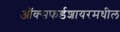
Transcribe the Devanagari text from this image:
ऑक्सफर्डशायरमधील